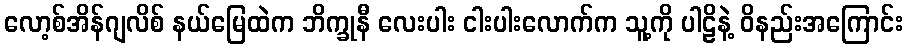
လော့စ်အိန်ဂျလိစ် နယ်မြေထဲက ဘိက္ခုနီ လေးပါး ငါးပါးလောက်က သူ့ကို ပါဠိနဲ့ ဝိနည်းအကြောင်း